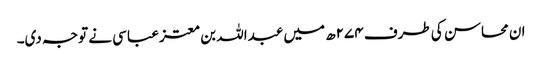
ان محاسن کی طرف ۲۷۴ھ میں عبداللہ بن معتز عباسی نے توجہ دی۔